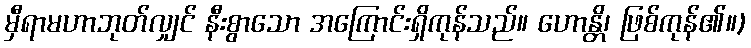
မှီရာမဟာဘုတ်လျှင် နီးစွာသော အကြောင်းရှိကုန်သည်။ ဟောန္တိ၊ ဖြစ်ကုန်၏။)